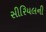
સીરિયલની